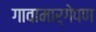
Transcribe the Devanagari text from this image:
गावामार्गेपण